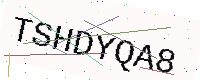
Text: TSHDYQA8